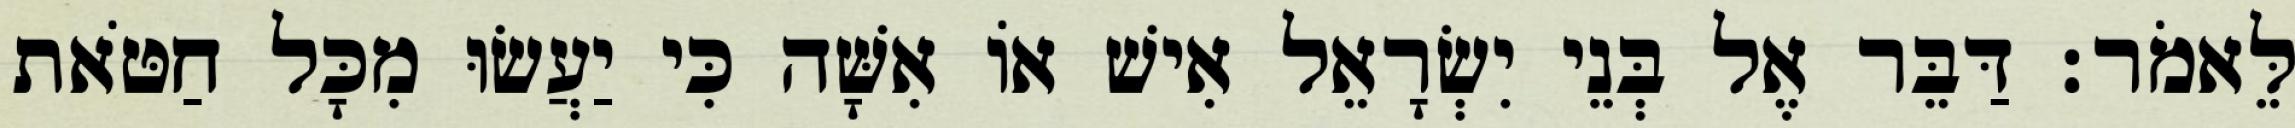
לֵּאמֹר׃ דַּבֵּר אֶל בְּנֵי יִשְׂרָאֵל אִישׁ אוֹ אִשָּׁה כִּי יַעֲשׂוּ מִכָּל חַטֹּאת